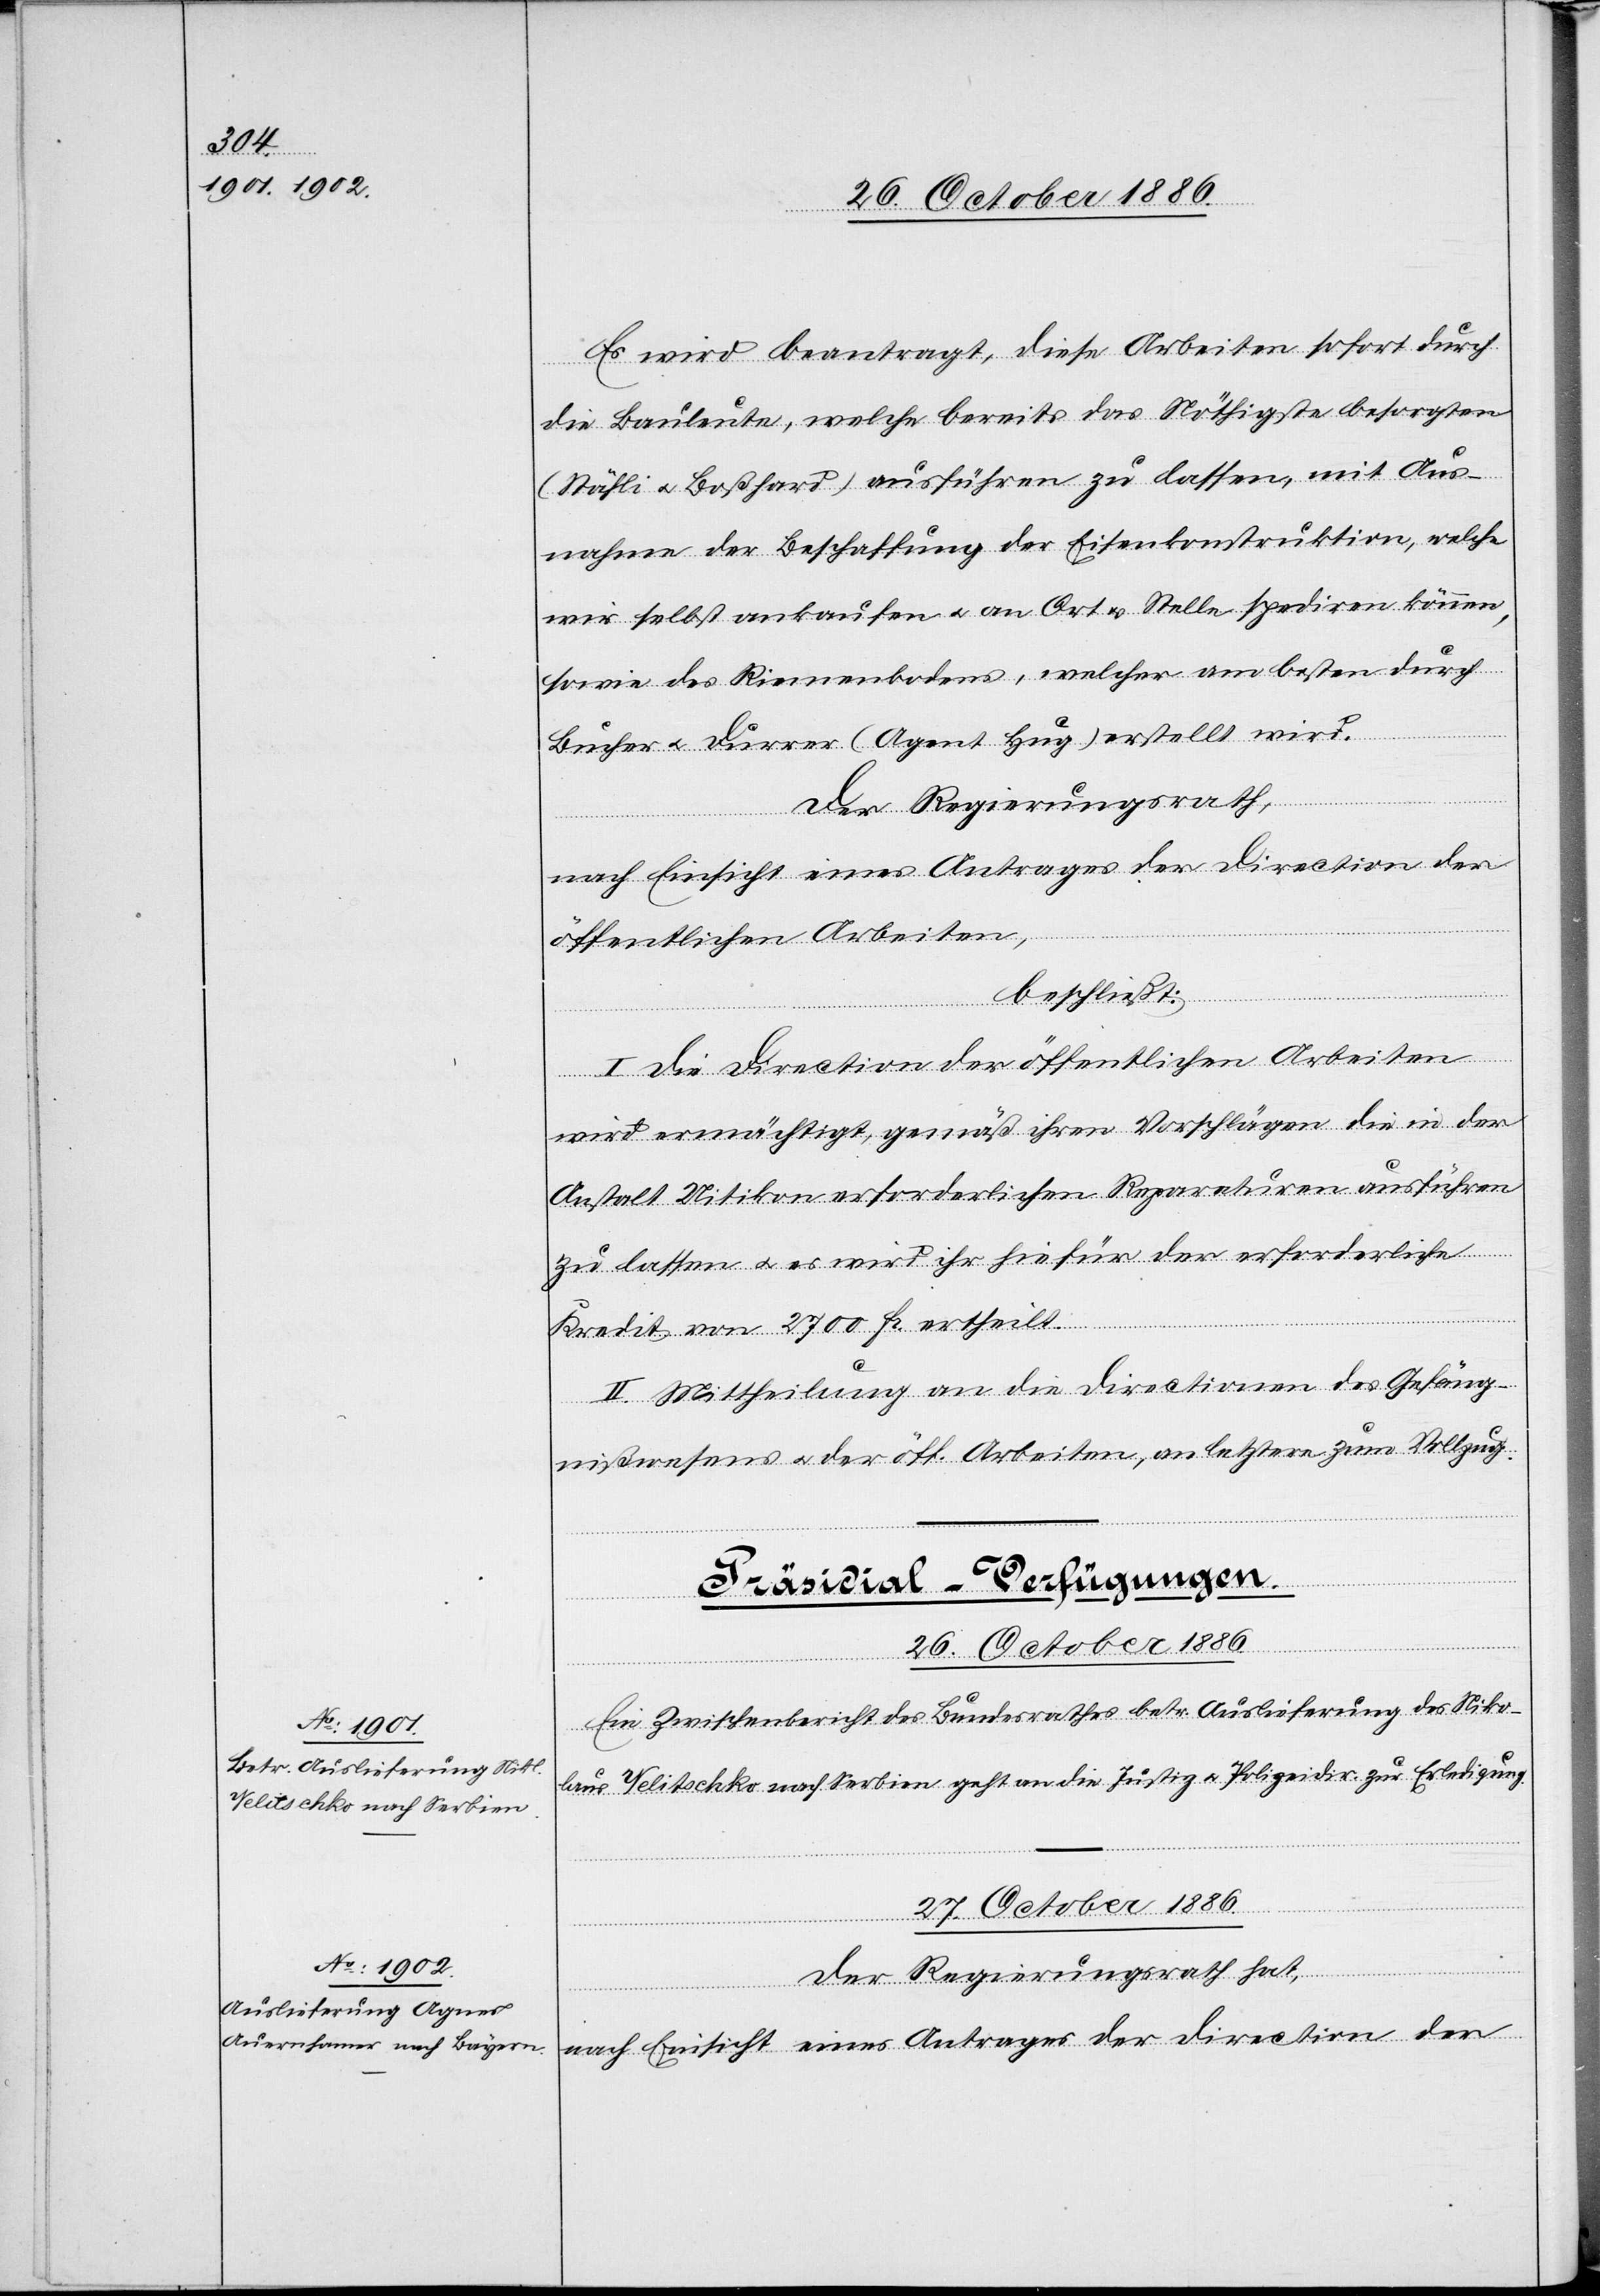
Es wird beantragt, diese Arbeiten sofort durch
die Bauleute, welche bereits das Nöthigste besorgten
(Stähli & Boßhard) ausführen zu lassen, mit Aus¬
nahme der Beschaffung der Eisenkonstruktion, welche
wir selbst ankaufen & an Ort & Stelle spediren können,
sowie des Riemenbodens, welcher am besten durch
Bucher & Durrer (Agent Hug) erstellt wird.
Der Regierungsrath,
nach Einsicht eines Antrages der Direction der
öffentlichen Arbeiten,
beschließt:
I. Die Direction der öffentlichen Arbeiten
wird ermächtigt, gemäß ihren Vorschlägen die in der
Anstalt Uitikon erforderlichen Reparaturen ausführen
zu lassen & es wird ihr hiefür der erforderliche
Kredit von 2700 Fr. ertheilt.
II. Mittheilung an die Directionen des Gefäng¬
nißwesens & der öff. Arbeiten, an letztere zum Vollzug.
[Präsidial-Verfügungen.]
26. October 1886.
Ein Zwischenbericht des Bundesrathes betr. Auslieferung des Niko¬
laus Velitschko nach Serbien geht an die Justiz[-] & Polizeidir. zur Erledigung.
27. October 1886.
Der Regierungsrath hat,
nach Einsicht eines Antrages der Direction der